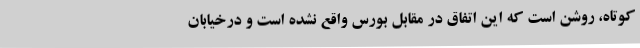
کوتاه، روشن است که این اتفاق در مقابل بورس واقع نشده است و درخیابان